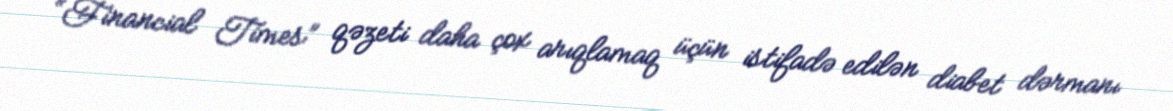
“Financial Times” qəzeti daha çox arıqlamaq üçün istifadə edilən diabet dərmanı